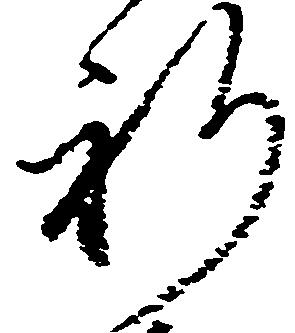
祈